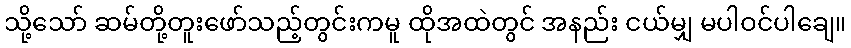
သို့သော် ဆမ်တို့တူးဖော်သည့်တွင်းကမူ ထိုအထဲတွင် အနည်း ငယ်မျှ မပါဝင်ပါချေ။